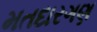
મતદારગણ